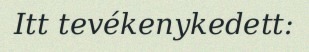
Itt tevékenykedett: